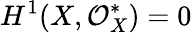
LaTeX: H^{1}(X,{\mathcal{O}}_{X}^{*})=0